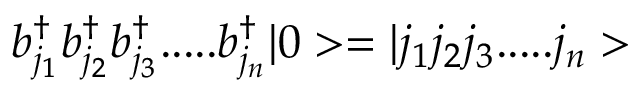
b _ { j _ { 1 } } ^ { \dagger } b _ { j _ { 2 } } ^ { \dagger } b _ { j _ { 3 } } ^ { \dagger } . . . . . b _ { j _ { n } } ^ { \dagger } | 0 > = | j _ { 1 } j _ { 2 } j _ { 3 } . . . . . j _ { n } >